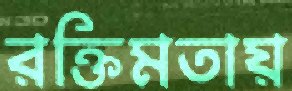
রক্তিমতায়